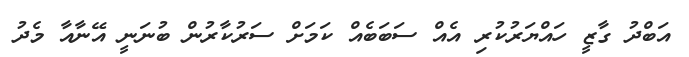
އަބްދު ގާޒީ ހައްޔަރުކުރި އެއް ސަބަބެއް ކަމަށް ސަރުކާރުން ބުނަނީ އޭނާއާ މެދު